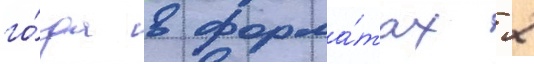
го́да в форма́тах 2